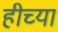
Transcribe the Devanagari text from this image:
हीच्या